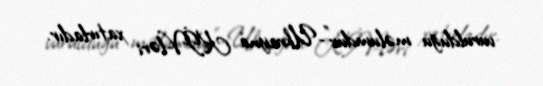
vurulduğu məlumdur”-Ukrayna KİV-ləri xatırladır.